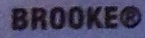
BROOKER